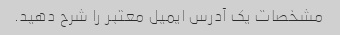
مشخصات یک آدرس ایمیل معتبر را شرح دهید.